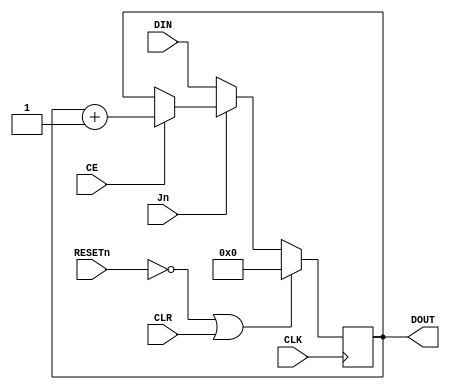
`default_nettype none
`timescale 1ns/1ns

module pc(
  input wire CLK,
  input wire RESETn,

  input wire CLR,

  input wire Jn,
  input wire CE,
  input wire  [3:0] DIN,
  output wire [3:0] DOUT
);

  reg [3:0] value;

  always @(posedge CLK)
    begin
      if (~RESETn | CLR)
        value <= 4'b0;
      else if (~Jn)
        value <= DIN;
      else if (CE)
        value <= value + 1;
    end

  assign DOUT = value;
endmodule